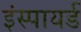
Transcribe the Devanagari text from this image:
इंस्पायर्ड